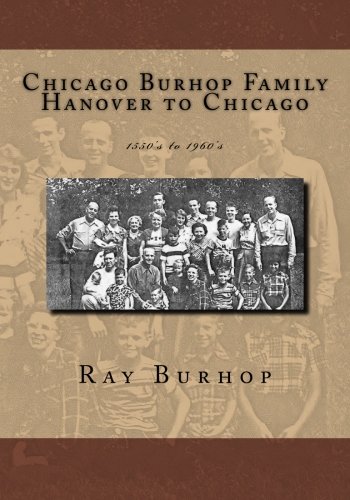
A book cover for Chicago Burhop Family Hanover to Chicago: 1550's to 1960's; Ray Burhop; Parenting & Relationships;